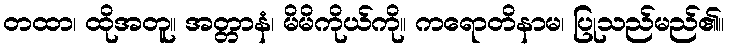
တထာ၊ ထိုအတူ။ အတ္တာနံ၊ မိမိကိုယ်ကို။ ကရောတိနာမ၊ ပြုသည်မည်၏။